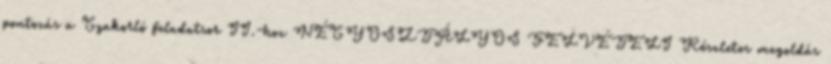
pontozás a Gyakorló feladatsor II.-hoz NÉGYOSZTÁLYOS FELVÉTELI Részletes megoldás